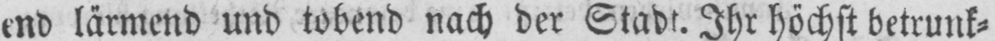
end lärmend und tobend nach der Stadt. Ihr höchst betrunk⸗